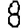
Digit: 8